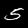
Label: 5